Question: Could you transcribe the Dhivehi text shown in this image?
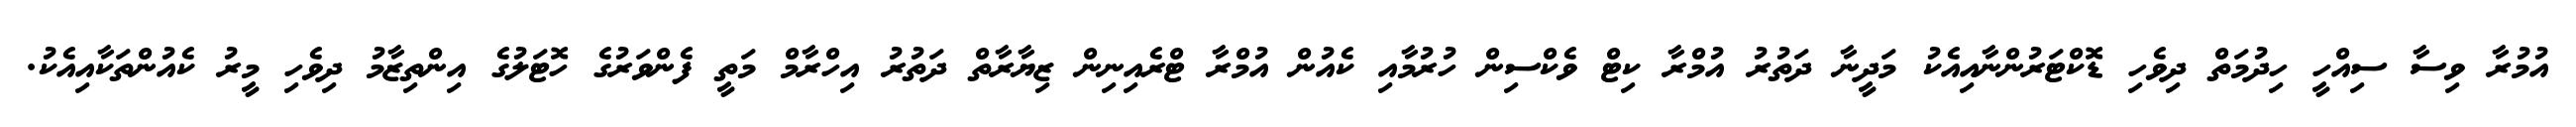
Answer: އުމުރާ ވިސާ ސިއްހީ ހިދުމަތް ދިވެހި ޑޮކްޓަރުންނާއިއެކު މަދީނާ ދަތުރު އުމްރާ ކިޓް ވެކްސިން ހުރުމާއި ކެއުން އުމްރާ ޓްރެއިނިން ޒިޔާރާތް ދަތުރު އިހްރާމް މަތީ ފެންވަރުގެ ހޮޓަލުގެ އިންތިޒާމު ދިވެހި މީރު ކެއުންތަކާއިއެކު.